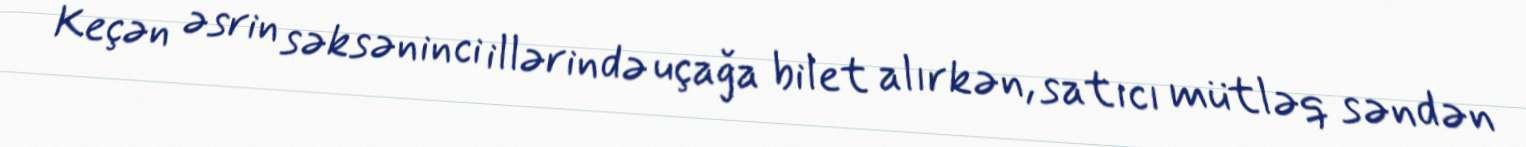
Keçən əsrin səksəninci illərində uçağa bilet alırkən, satıcı mütləq səndən